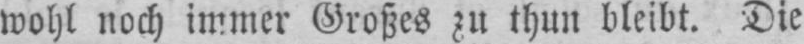
wohl noch immer Großes zu thun bleibt. Die